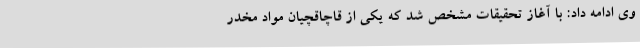
وی ادامه داد: با آغاز تحقیقات مشخص شد که یکی از قاچاقچیان مواد مخدر